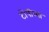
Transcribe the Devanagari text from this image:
टोपीच्या